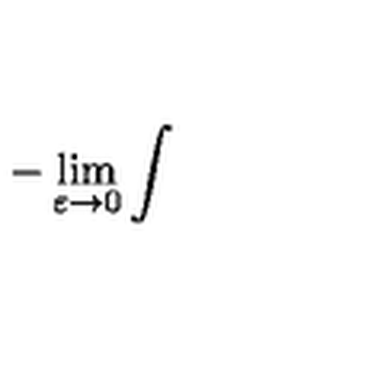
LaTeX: - \lim _ { \varepsilon \to 0 } \int